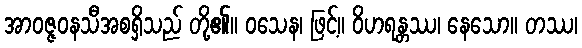
အာဝဇ္ဇဝနသီအစရှိသည် တို့၏။ ဝသေန၊ ဖြင့်။ ဝိဟရန္တဿ၊ နေသော။ တဿ၊